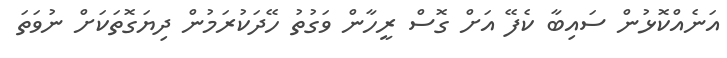
އަނެއްކޮޅުން ސައިބާ ކެފޭ އަށް ގޮސް ރީހާން ވަގުތު ހޭދަކުރަމުން ދިޔަގޮތަކަށް ނުވަތަ